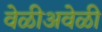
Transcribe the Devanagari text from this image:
वेळीअवेळी